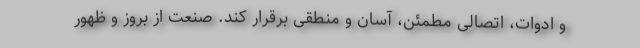
و ادوات، اتصالی مطمئن، آسان و منطقی برقرار کند. صنعت از بروز و ظهور